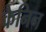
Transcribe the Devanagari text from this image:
कैनिन